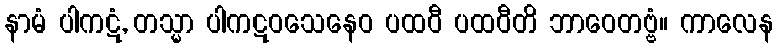
နာမံ ပါကဋံ, တသ္မာ ပါကဋဝသေနေဝ ပထဝီ ပထဝီတိ ဘာဝေတဗ္ဗံ။ ကာလေန